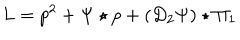
L = p ^ { 2 } + \Psi \star p + ( D _ { 2 } \Psi ) \star \Pi _ { 1 }